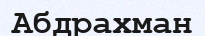
Абдрахман